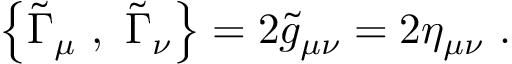
\left\{ { \widetilde \Gamma } _ { \mu } ~ , ~ { \widetilde \Gamma } _ { \nu } \right\} = 2 { \widetilde g } _ { \mu \nu } = 2 \eta _ { \mu \nu } ~ .